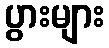
ပွားများ